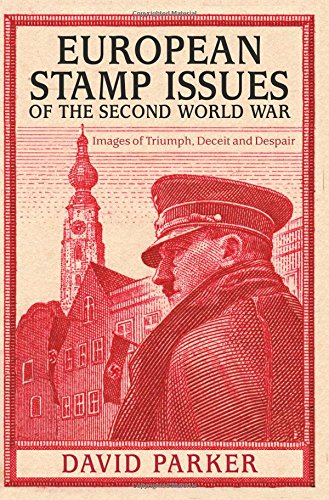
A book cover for European Stamp Issues of the Second World War: Images of Triumph, Deceit and Despair; David Parker; Crafts, Hobbies & Home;